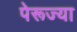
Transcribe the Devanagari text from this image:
पेरूज्या